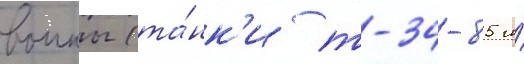
воины (та́нк'и т-34-85 и́